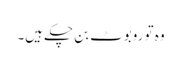
وہ تو روبوٹ بن چکے ہیں۔